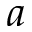
a